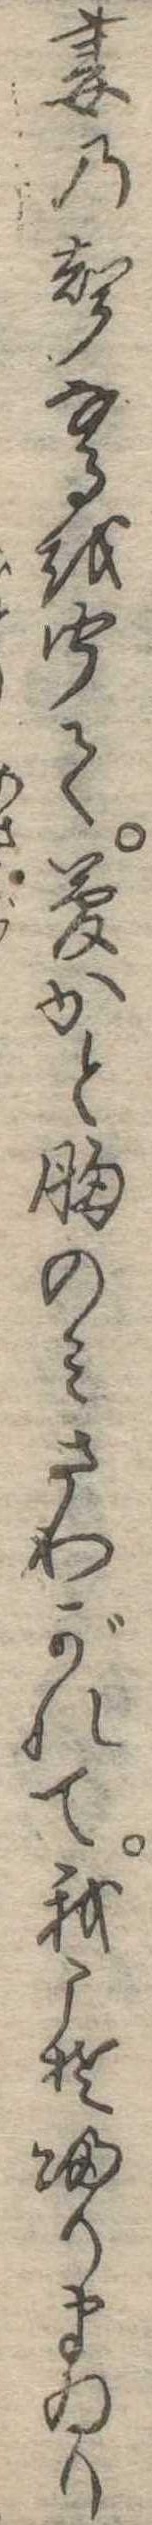
妻の声なるを聞て夢かと胸のみさわがれて我こそ帰りまゐり